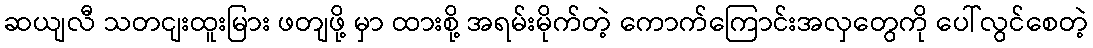
ဆယျလီ သတငျးထူးမြား ဖတျဖို့ မှာ ထားစို့ အရမ်းမိုက်တဲ့ ကောက်ကြောင်းအလှတွေကို ပေါ်လွင်စေတဲ့